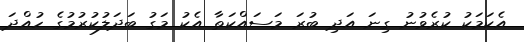
އެކަމަކު ކުރެވުނު ގިނަ އަދި ބުރަ މަސައްކަތާ އެކު މަގު ބަދަލުކުރުމުގެ ހުއްދަ